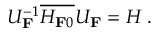
U _ { \bf F } ^ { { - 1 } } \overline { { { H _ { { \bf F } 0 } } } } { U } _ { \bf F } = H \: .